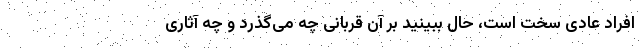
افراد عادی سخت است، حال ببینید بر آن قربانی چه می‌گذرد و چه آثاری